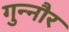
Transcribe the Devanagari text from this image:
गुन्‍नौर